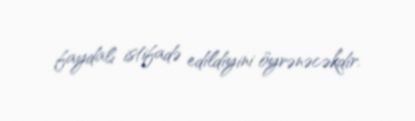
faydalı istifadə edildiyini öyrənəcəkdir.